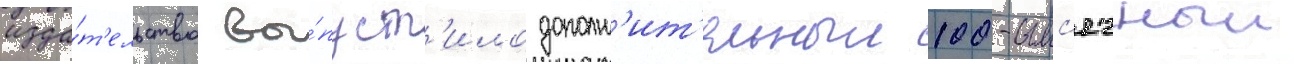
изда́т'ельство вы́пуст'ило дополн'ит'ельныи 100-тыс'ячныи